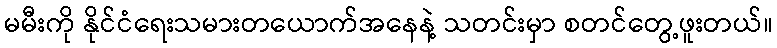
မမီးကို နိုင်ငံရေးသမားတယောက်အနေနဲ့ သတင်းမှာ စတင်တွေ့ဖူးတယ်။